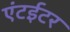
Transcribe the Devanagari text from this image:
एंटईटर